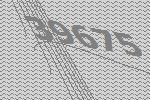
39675